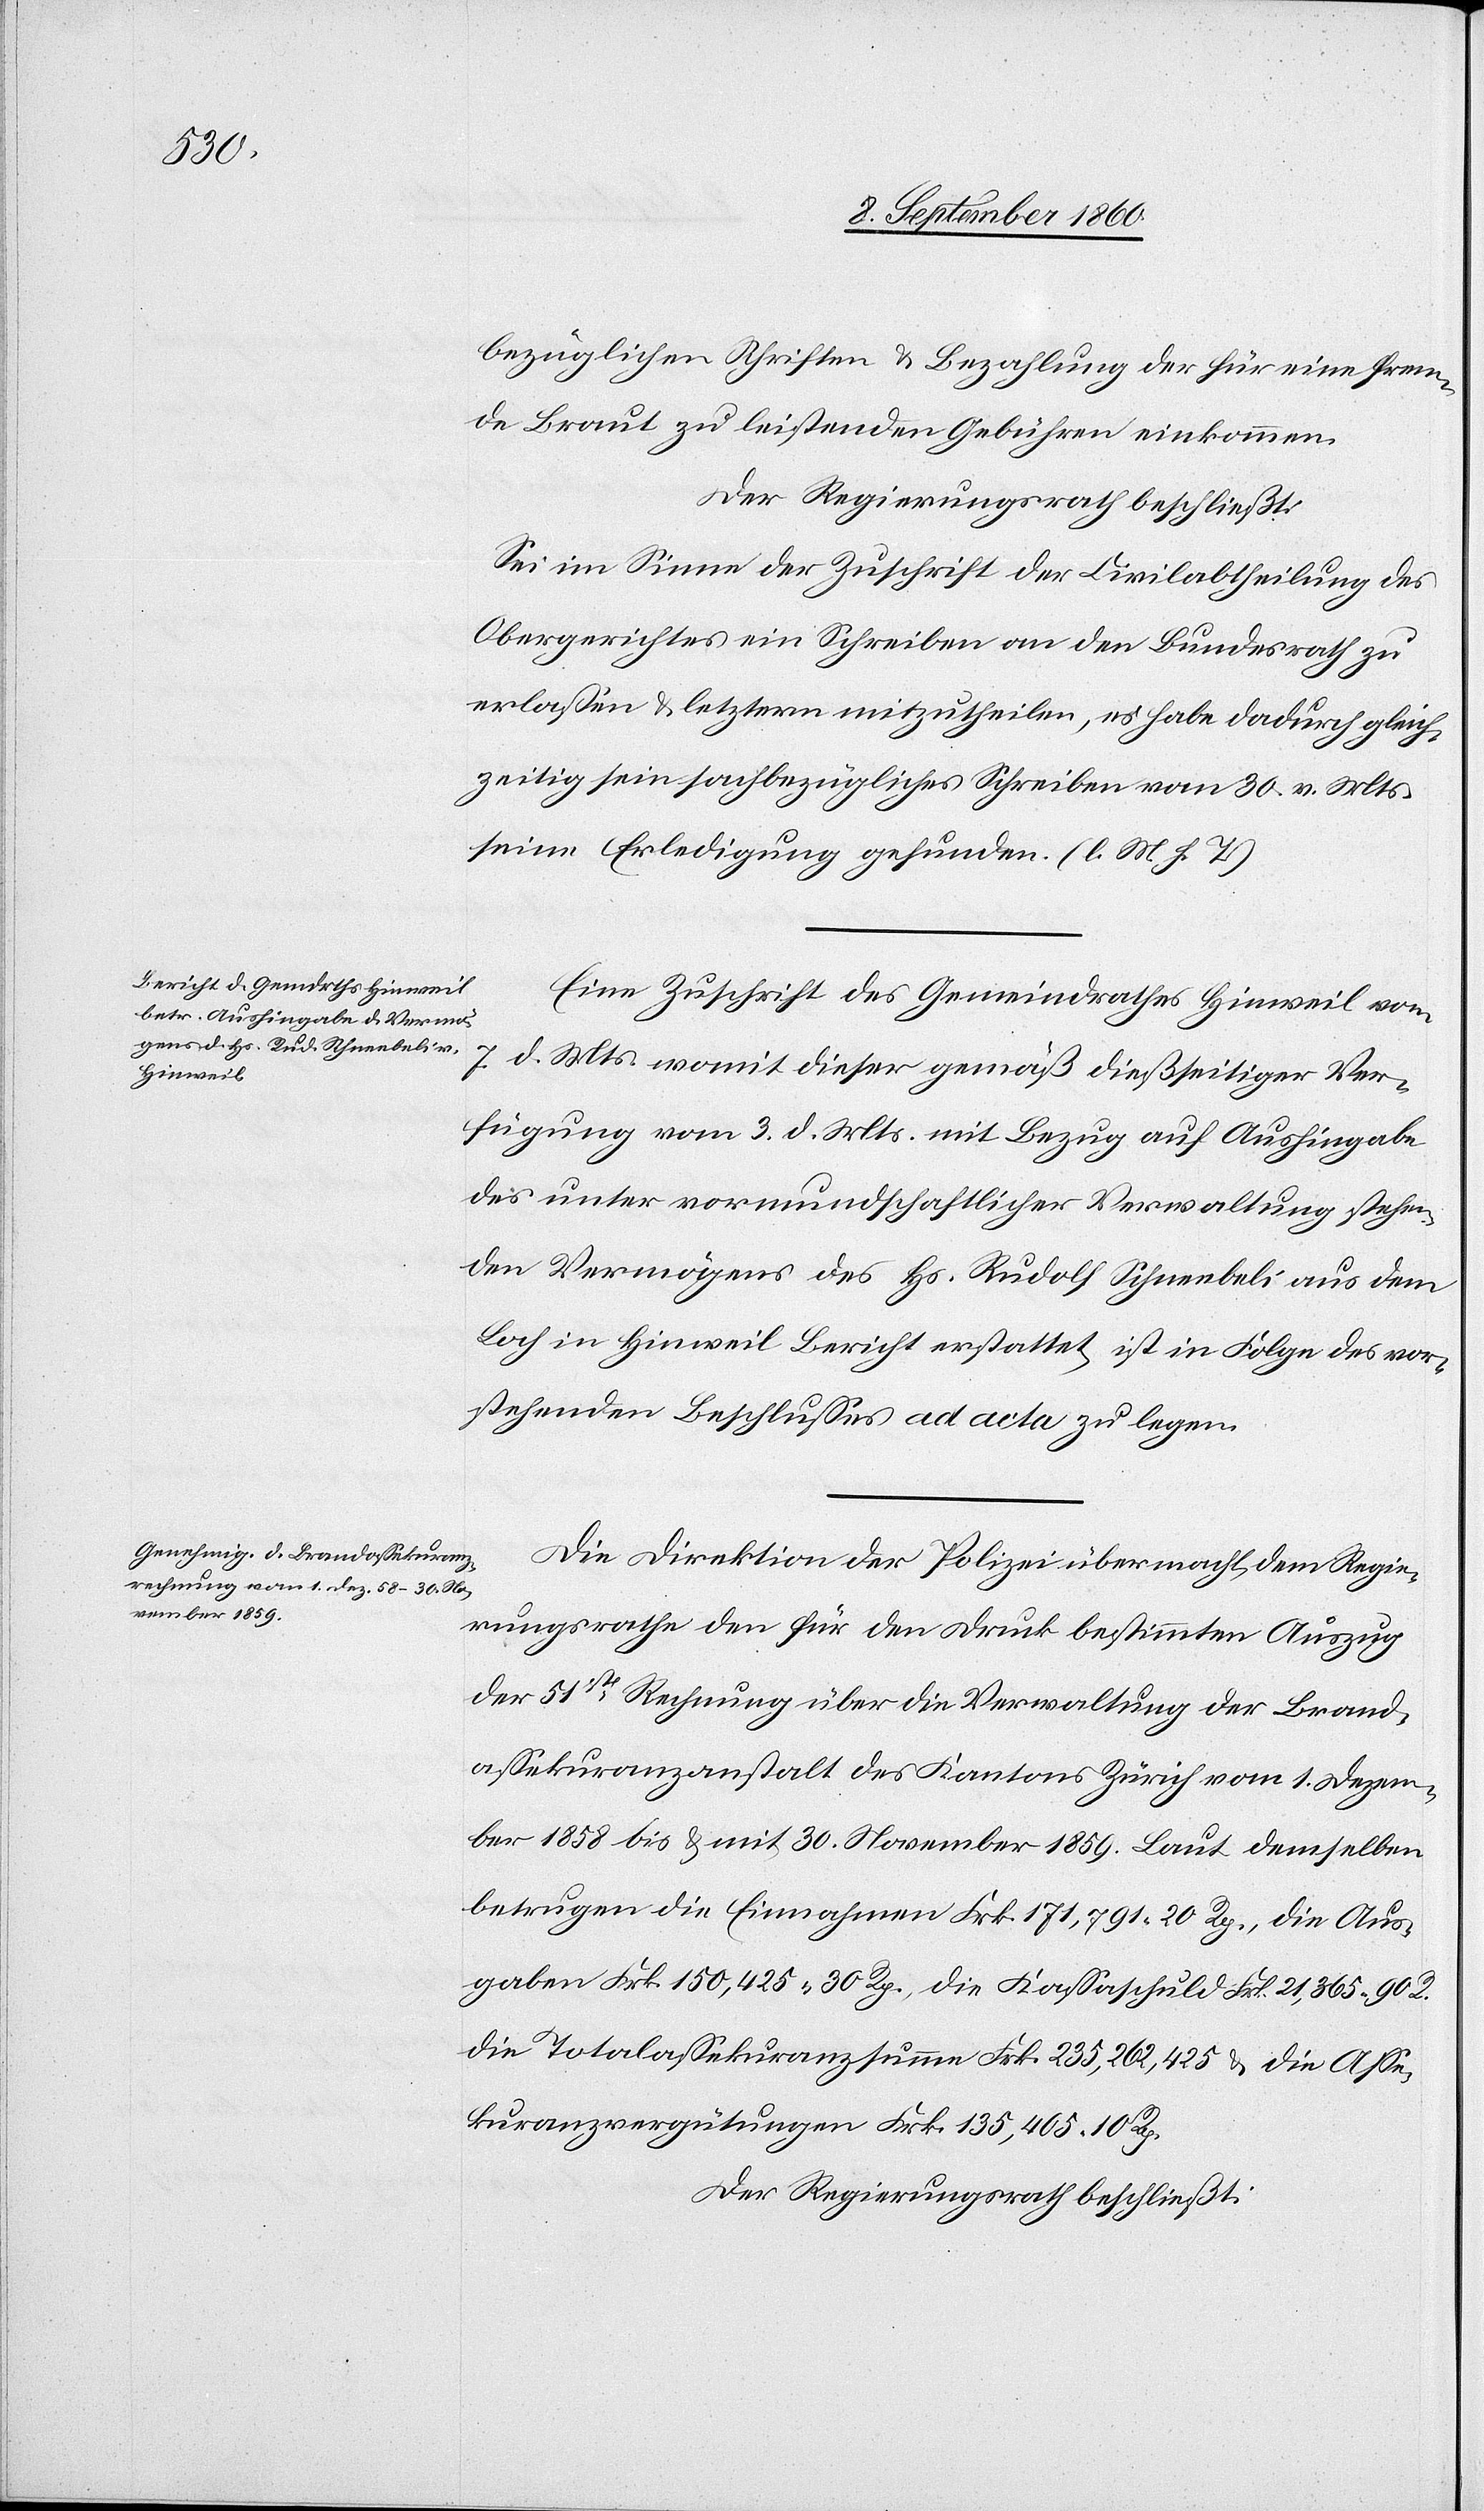
bezüglichen Schriften u. Bezahlung der für eine frem¬
de Braut zu leistenden Gebühren einkommen.
Der Regierungsrath beschliesst:
Sei im Sinne der Zuschrift der Civilabtheilung des
Obergerichtes ein Schreiben an den Bundesrath zu
erlassen u. letzterm mitzutheilen, es habe dadurch gleich¬
zeitig sein sachbezügliches Schreiben vom 30. v. Mts.
seine Erledigung gefunden. (l. M. h. T.).
Eine Zuschrift des Gemeindrathes Hinweil vom
7. d. Mts. womit dieser gemäss diesseitiger Ver¬
fügung vom 3. d. Mts. mit Bezug auf Aushingabe
des unter Vormundschaftlicher Verwaltung stehen¬
den Vermögens des Hs. Rudolf Schneebeli aus dem
Loch in Hinweil Bericht erstattet, ist in Folge des vor¬
stehenden Beschlusses ad acta zu legen.
Die Direktion der Polizei übermacht dem Regie¬
rungsrathe den für den Druck bestimmten Auszug
der 51st Rechnung über die Verwaltung der Brand¬
assekuranzanstalt des Kantons Zürich vom 1. Dezem¬
ber 1858 bis u. mit 30. November 1859. Laut demselben
betrugen die Einnahmen fcs. 171,791. 20 Rp., die Aus¬
gaben fcs. 150,425. 30C, die Kassaschuld fcs. 21,365. 90C
die Totalassekuranzsumme Frk. 235.262,425 u. die Asse¬
kuranzvergütungen fcs. 135,405. 10C
Der Regierungsrath beschliesst: